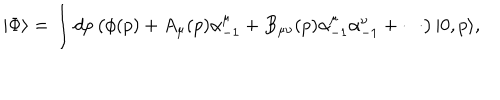
LaTeX: | \Phi \rangle = \int d p \left( \phi ( p ) + A _ { \mu } ( p ) \alpha _ { - 1 } ^ { \mu } + B _ { \mu \nu } ( p ) \alpha _ { - 1 } ^ { \mu } \alpha _ { - 1 } ^ { \nu } + \cdots \right) | 0 , p \rangle ,